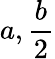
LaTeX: a,{\frac{b}{2}}